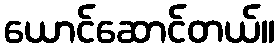
ယောင်ဆောင်တယ်။